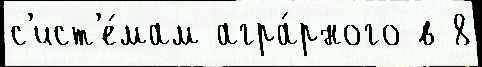
с'ист'е́мам агра́рного в 8